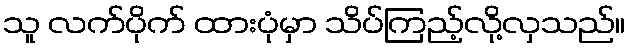
သူ လက်ပိုက် ထားပုံမှာ သိပ်ကြည့်လို့လှသည်။